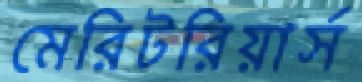
মেরিটরিয়ার্স